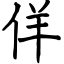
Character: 佯